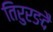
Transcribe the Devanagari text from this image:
तिरुरङदै